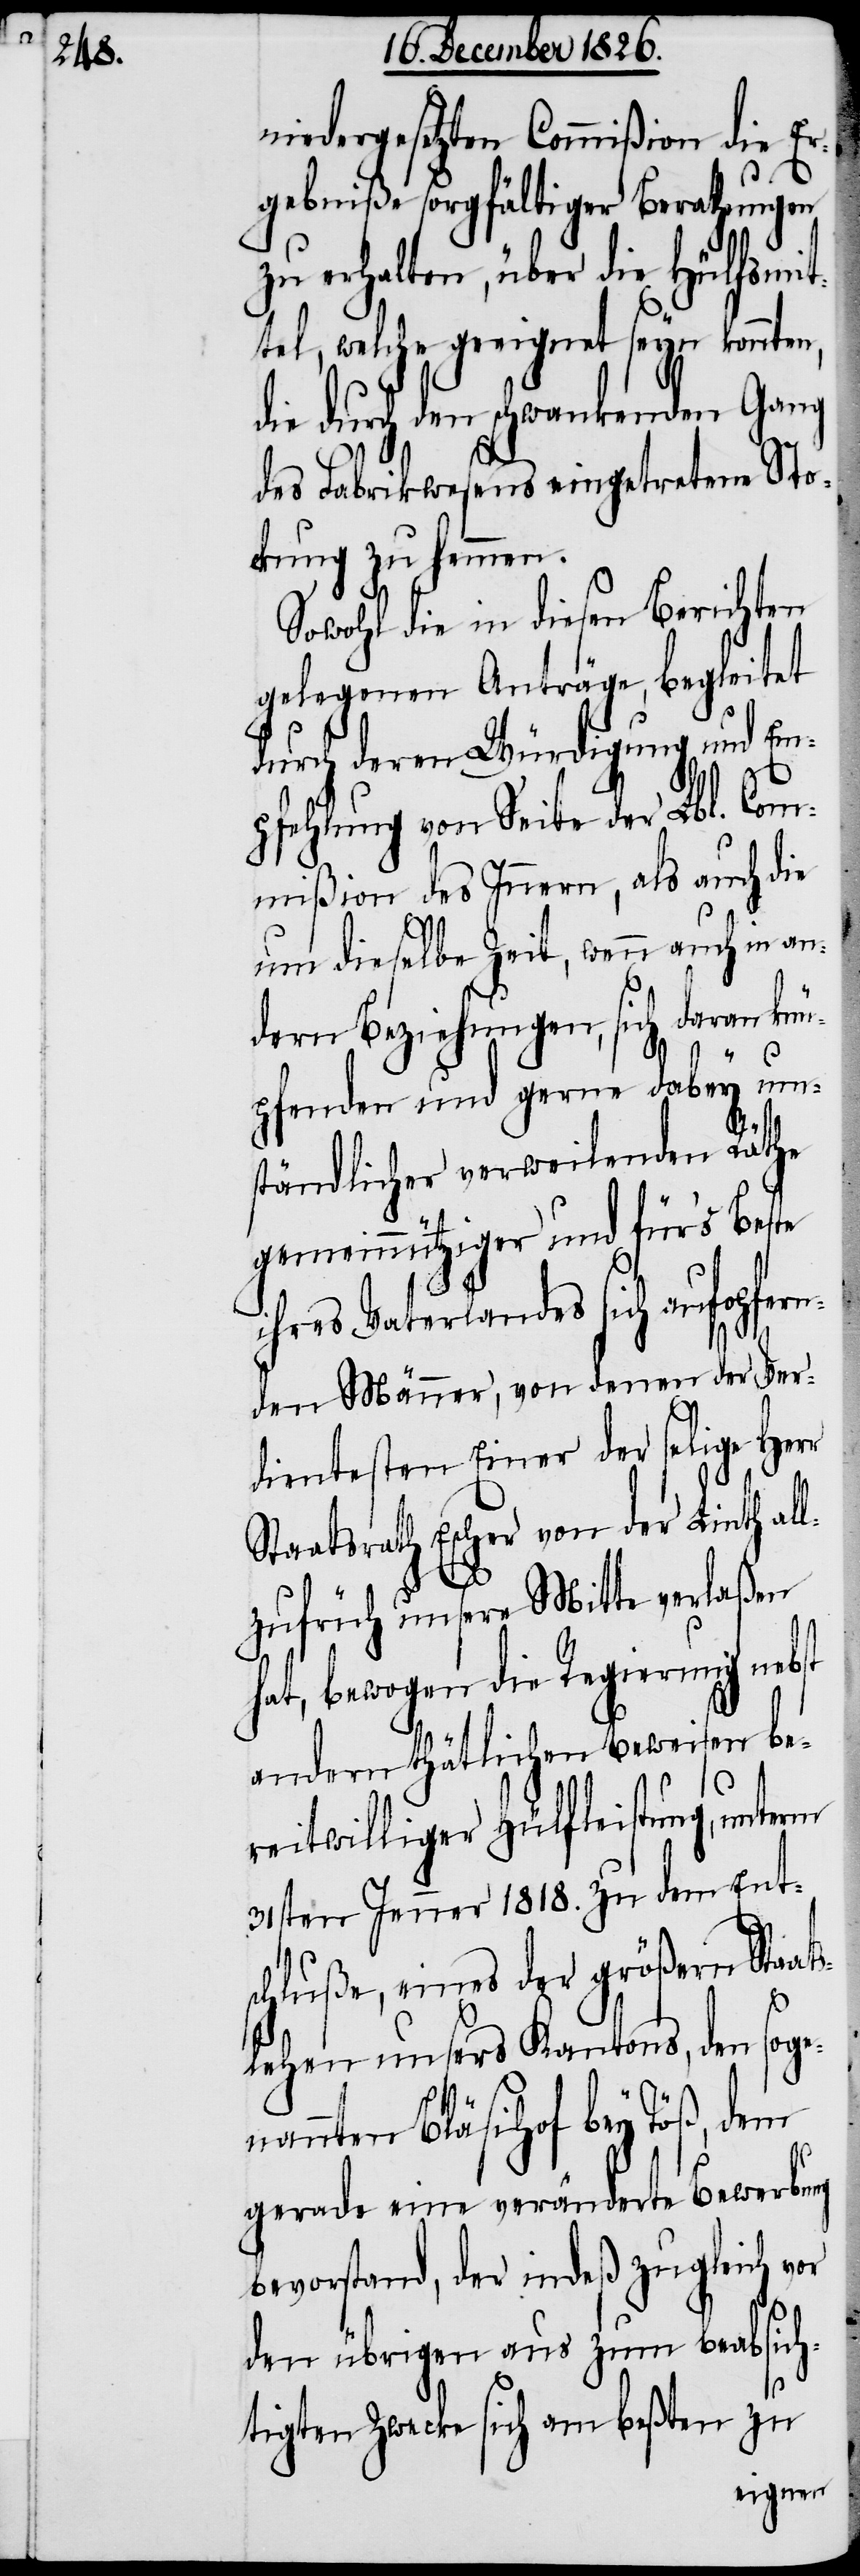
niedergesetzten Commißion die Er¬
gebniße sorgfältiger Berathungen
zu erhalten, über die Hülfsmit¬
tel, welche geeignet seyn konnten,
die durch den schwankenden Gang
des Fabrikwesens eingetretene Sto¬
ckung zu hemmen.
Sowohl die in diesen Berichten
gelegenen Anträge, begleitet
durch deren Würdigung und Em¬
pfehlung von Seite der Lbl. Com¬
mißion des Innern, als auch die
um dieselbe Zeit, wenn auch in an¬
dern Beziehungen, sich daran kn¬
üpfenden und gerne dabey um¬
ständlicher verweilenden Räthe
gemeinnütziger und für’s Beste
ihres Vaterlandes sich aufopfern¬
den Männer, von denen der Ver¬
dientesten Einer der selige Herr
Staatsrath Escher von der Linth al¬
lzufrüh unsere Mitte verlaßen
hat, bewogen die Regierung nebst
andern thätlichen Beweisen be¬
reitwilliger Hülfleistung, unterm
31sten Jenner 1818. zu dem Ents¬
chluße, eines der größern Staat¬
slehen unsers Kantons, den sogen¬
annten Bläsihof bey Töß, dem
gerade eine veränderte Bewerbung
bevorstand, der indeß zugleich vor
den übrigen aus zum beabsich¬
tigten Zwecke sich am beßten zu